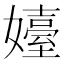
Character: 嬯